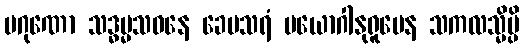
ပဂုဏော သဒ္ဓမ္မသဝနေ ခေမသရံ ပယောဂါနုရူပေန သကလသ္မိမ္ပိ